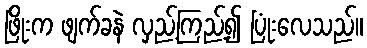
ဖြိုးက ဖျက်ခနဲ လှည့်ကြည့်၍ ပြုံးလေသည်။